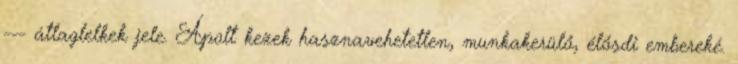
--- átlaglelkek jele. Ápolt kezek hasznavehetetlen, munkakerülő, élősdi embereké.